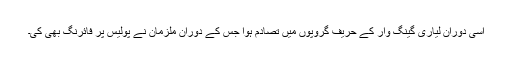
اِسی دوران لیاری گینگ وار کے حریف گروپوں میں تصادم ہوا جس کے دوران ملزمان نے پولیس پر فائرنگ بھی کی۔